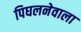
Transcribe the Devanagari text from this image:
पिघलनेवाला